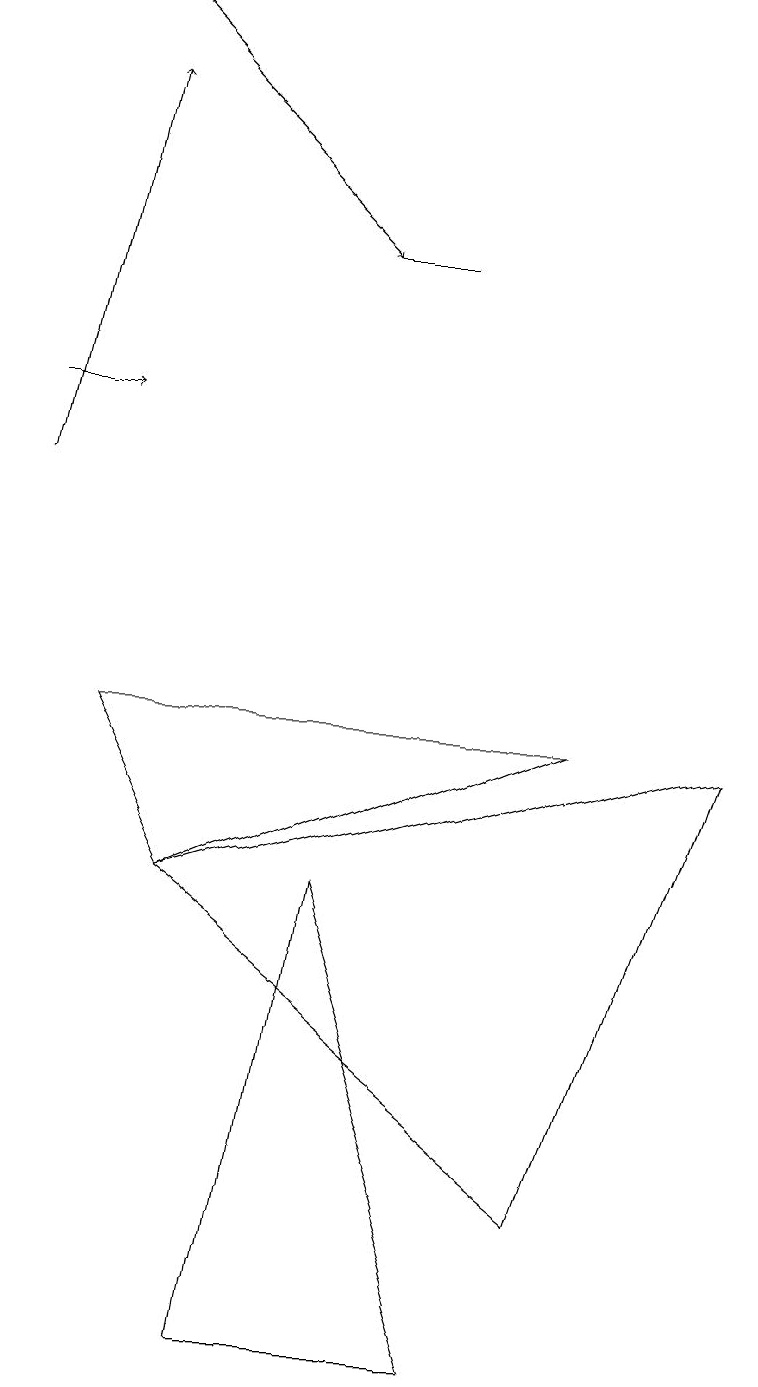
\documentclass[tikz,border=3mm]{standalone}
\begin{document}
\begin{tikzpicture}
\draw (6,1) -- (3,1) -- (4,7) -- cycle;
\draw[->] (0,13) -- (1,13);
\draw[->] (0,12) -- (1,17);
\draw (2,7) -- (1,9) -- (7,9) -- cycle;
\draw (4,15) rectangle (5,15);
\draw (2,7) -- (7,3) -- (9,9) -- cycle;
\draw[->] (1,18) -- (4,15);
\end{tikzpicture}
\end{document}